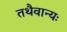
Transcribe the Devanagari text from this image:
तथैवान्यः